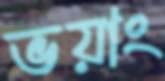
ভয়াং